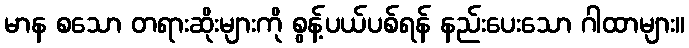
မာန စသော တရားဆိုးများကို စွန့်ပယ်ပစ်ရန် နည်းပေးသော ဂါထာများ။